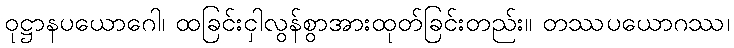
ဝုဋ္ဌာနပယောဂေါ၊ ထခြင်းငှါလွန်စွာအားထုတ်ခြင်းတည်း။ တဿပယောဂဿ၊